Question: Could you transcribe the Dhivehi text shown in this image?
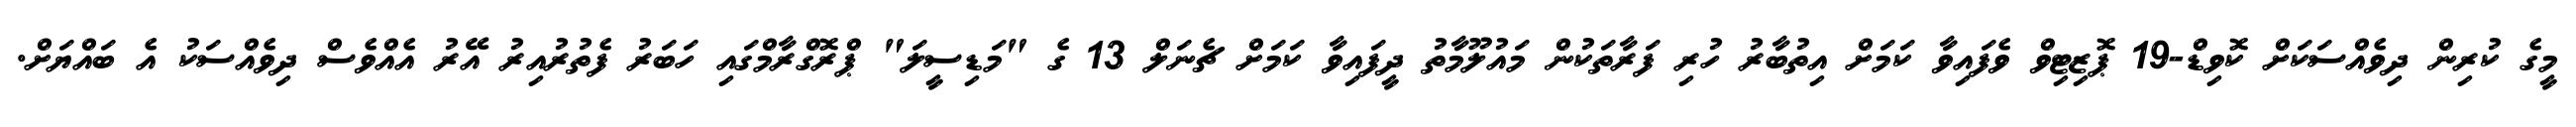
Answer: މީގެ ކުރިން ދިވެއްސަކަށް ކޮވިޑް-19 ޕޮޒިޓިވް ވެފައިވާ ކަމަށް އިތުބާރު ހުރި ފަރާތަކުން މައުލޫމާތު ދީފައިވާ ކަމަށް ޗެނަލް 13 ގެ "މަޑިސީލަ" ޕްރޮގްރާމްގައި ހަބަރު ފެތުރުއިރު އޭރު އެއްވެސް ދިވެއްސަކު އެ ބައްޔަށް.